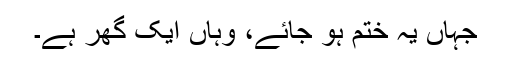
جہاں یہ ختم ہو جائے، وہاں ایک گھر ہے۔